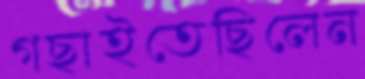
গছাইতেছিলেন